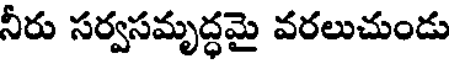
నీరు సర్వసమృద్ధమై వరలుచుండు